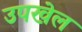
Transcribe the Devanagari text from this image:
उपखेल